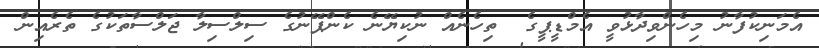
އެމަނިކުފާނު މިހެންވިދާޅުވީ އެމްޑީޕީގެ  ތިހެނެއް ނުކިޔޭނެ ކެންޕޭނުގެ ސިލްސިލާ ޖަލްސާތަކުގެ ތެރެއިން